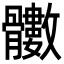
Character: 𩪵